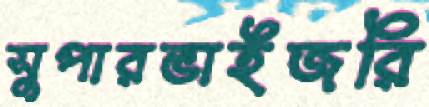
সুপারভাইজরি